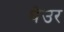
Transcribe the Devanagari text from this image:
थेउर